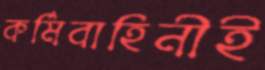
কর্মিবাহিনীই